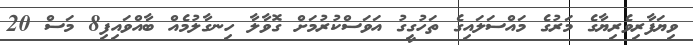
ވިޔަފާރިވެރިޔާގެ މަރުގެ މައްސަލައިގެ ތަހުގީގު އަވަސްކުރުމަށް ގޮވާލާ ހިނގާލުމެއް ބާއްވައިފި8 މަސް 20